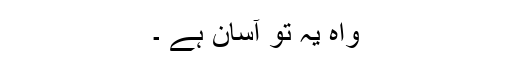
واہ یہ تو آسان ہے ۔